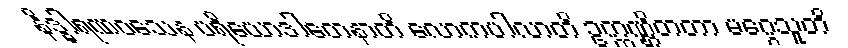
နိဒ္ဓါရဏဝသေန ပရိယောဒါတေနာတိ လောကပါလာတိ ဥက္ကဏ္ဌိတတာ မဂ္ဂေသူတိ